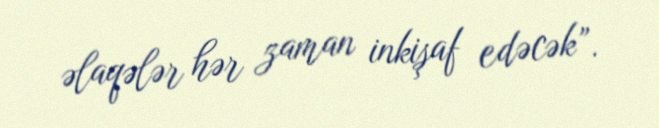
əlaqələr hər zaman inkişaf edəcək”.